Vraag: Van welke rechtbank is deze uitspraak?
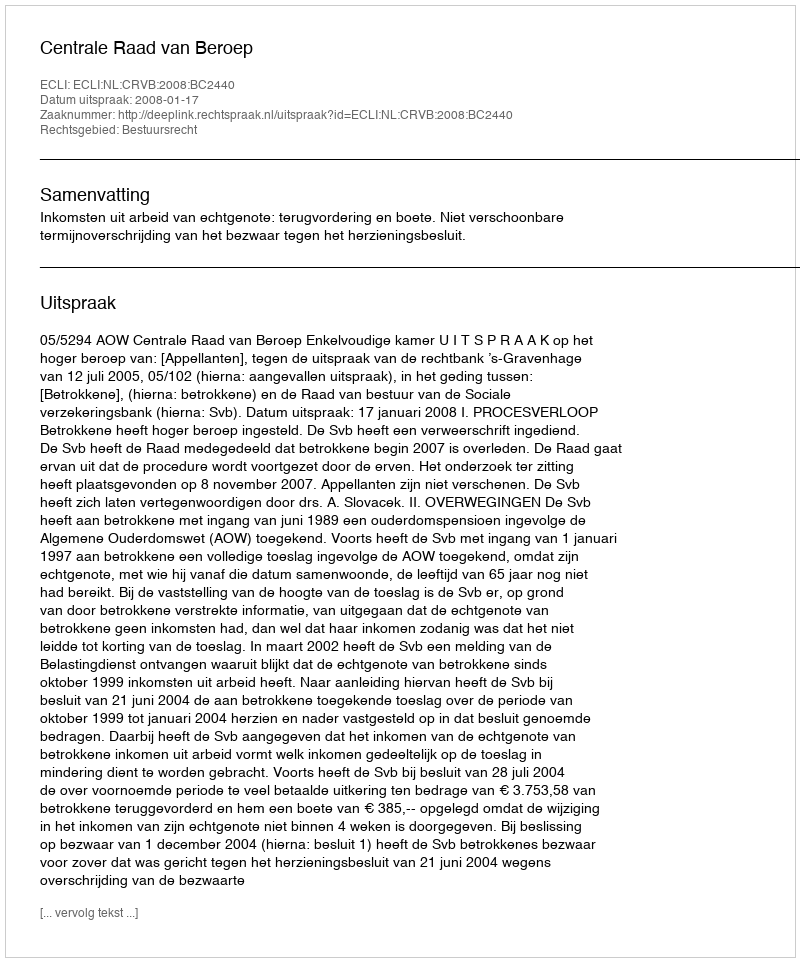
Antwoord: Centrale Raad van Beroep